Senior Leaving Certificate Examination (including Day School Certificate (Higher) General paper), 1947
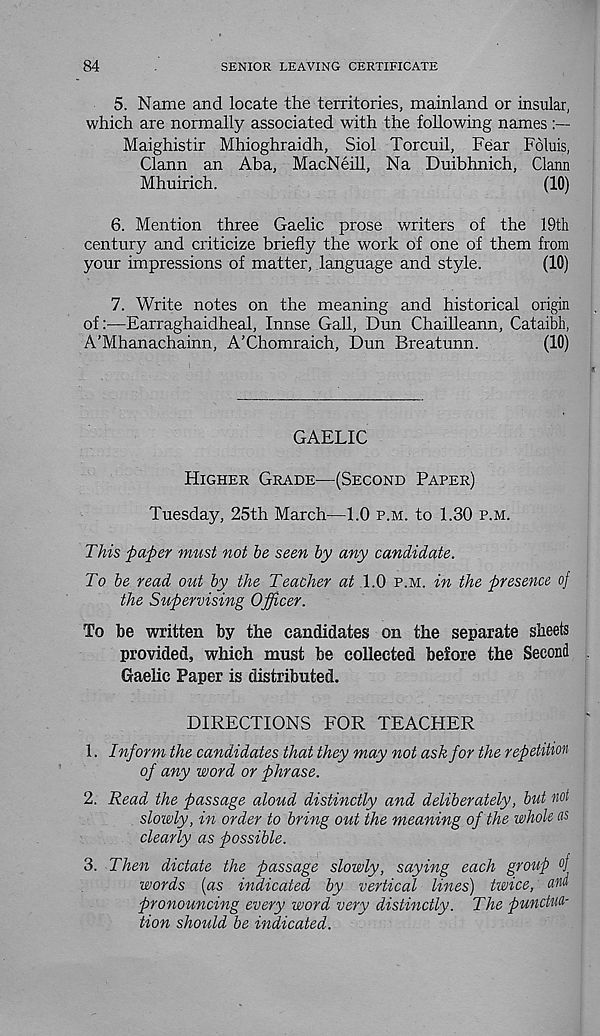
84
SENIOR LEAVING CERTIFICATE
5. Name and locate the territories, mainland or insular,
which are normally associated with the following names
Maighistir Mhioghraidh, Siol Torcuil, Fear Folds,
Clann an Aba, MacNeill, Na Duibhnich, Clann
Mhuirich.
(10)
6. Mention three Gaelic prose writers of the 19th
century and criticize briefly the work of one of them from
your impressions of matter, language and style.
(10)
7. Write notes on the meaning and historical origin
of:—Earraghaidheal, Innse Gall, Dun Chailleann, Cataibh,
A’Mhanachainn, A’Chomraich, Dun Breatunn.
(10)
GAELIC
Higher Grade—(Second Paper)
Tuesday, 25th March—1.0 p.m. to 1.30 p.m.
This paper must not be seen by any candidate.
To be read out by the Teacher at 1.0 p.m. in the presence of
the Supervising Officer.
To be written by the candidates on the separate sheets
provided, which must be collected before the Second
Gaelic Paper is distributed.
DIRECTIONS FOR TEACHER
1. Inform the candidates that they may not ask for the repetition
of any word or phrase.
2. Read the passage aloud distinctly and deliberately, but not
slowly, in order to bring out the meaning of the whole as
clearly as possible.
3. Then dictate the passage slowly, saying each group oj
words (as indicated by vertical lines) twice, am
pronouncing every word very distinctly. The punctua-
tion should be indicated.